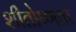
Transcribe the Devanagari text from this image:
शीतोष्णता